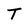
Character: T